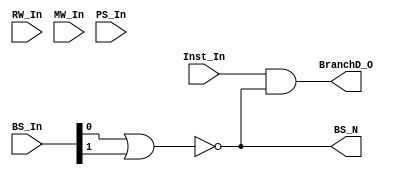
`timescale 1ns / 1ps
//////////////////////////////////////////////////////////////////////////////////
// Company: 
// Engineer: 
// 
// Design Name: 
// Module Name: BranchDetection
// Project Name: 
// Target Devices: 
// Tool Versions: 
// Description: 
// 
// Dependencies: 
// 
// Revision:
// Revision 0.01 - File Created
// Additional Comments:
// 
//////////////////////////////////////////////////////////////////////////////////


module BranchDetection(BS_In,RW_In,MW_In,PS_In,Inst_In,BranchD_O,BS_N);
//Input
input wire [1:0] BS_In;
input wire  RW_In,MW_In,PS_In;
input wire [16:0] Inst_In;

//Output PS
output wire BS_N;
output wire [16:0] BranchD_O;

//Bstemp
wire  BSTemp;

//Orring BS_In
assign BSTemp = BS_In[0] || BS_In[1];

//Not BSTemp
assign BS_N = ~ BSTemp;

//And rw,mw,ps
assign RW_O = RW_In && BS_N;
assign MW_O = MW_In && BS_N;
assign PS_O = PS_In && BS_N;

//And Instr_In
assign BranchD_O = Inst_In & BS_N;
endmodule